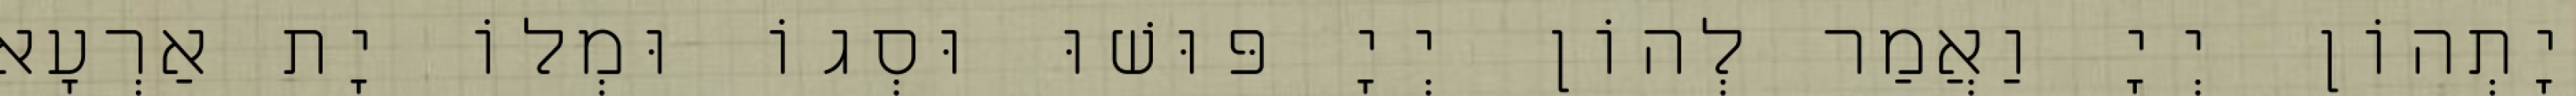
יָתְהוֹן יְיָ וַאֲמַר לְהוֹן יְיָ פּוּשׁוּ וּסְגוֹ וּמְלוֹ יָת אַרְעָא